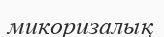
микоризалық